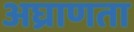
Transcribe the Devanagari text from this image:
अघ्राणता